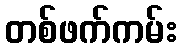
တစ်ဖက်ကမ်း